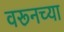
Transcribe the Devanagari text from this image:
वरूनच्या